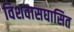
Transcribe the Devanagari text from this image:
विशवासघासित